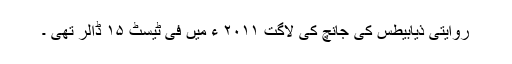
روایتی ذیابیطس کی جانچ کی لاگت ۲۰۱۱ ء میں فی ٹیسٹ ۱۵ ڈالر تھی ۔